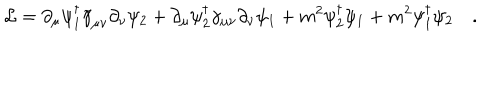
{ \cal L } = \partial _ { \mu } \psi _ { 1 } ^ { \dagger } \widetilde \gamma _ { \mu \nu } \partial _ { \nu } \psi _ { 2 } + \partial _ { \mu } \psi _ { 2 } ^ { \dagger } \gamma _ { \mu \nu } \partial _ { \nu } \psi _ { 1 } + m ^ { 2 } \psi _ { 2 } ^ { \dagger } \psi _ { 1 } + m ^ { 2 } \psi _ { 1 } ^ { \dagger } \psi _ { 2 } \quad .